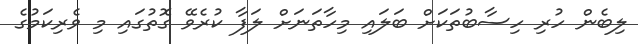
ލިބެން ހުރި ހިސާބުތަކަށް ބަލައި މިހާތަނަށް ލަފާ ކުރެވޭ ގޮތުގައި މި ވެރިކަމުގެ